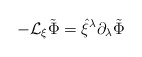
\begin{align*}-{\cal L}_{\xi} \tilde \Phi = \hat \xi^{\lambda} \partial_{\lambda} \tilde\Phi \end{align*}